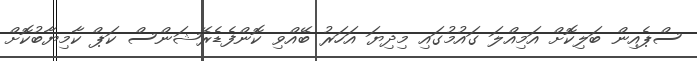
ސްޕެއިން ބަލިކޮށް އަމިއްލަ ގައުމުގައި މިދިޔަ އަހަރު ބޭއްވި ކޮންފެޑެރޭޝަންސް ކަޕް ކާމިޔާބުކޮށް